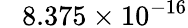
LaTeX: \phantom{+}8.375\times 10^{-16}